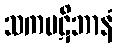
သကပဋိဘာနံ